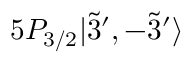
5 P _ { 3 / 2 } | \Tilde { 3 } ^ { \prime } , - \Tilde { 3 } ^ { \prime } \rangle